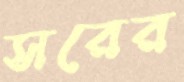
সরের